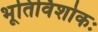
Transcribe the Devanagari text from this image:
भूतिर्विशोकः